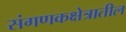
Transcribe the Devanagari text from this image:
संगणकक्षेत्रातील